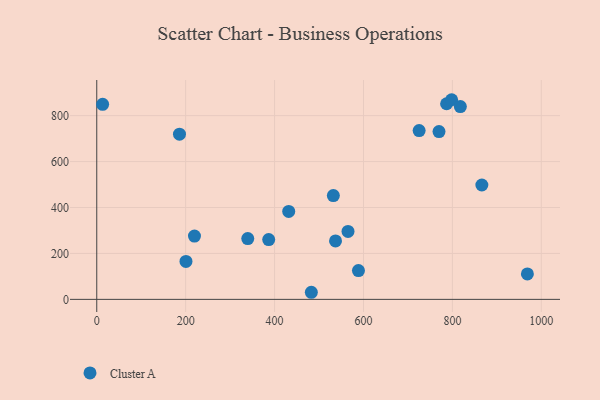
{"axis": {"x": "Investment", "y": "Demand"}, "legend": ["Cluster A"], "data": [{"x": "787.0", "y": 851.7, "type": "Cluster A"}, {"x": "588.7", "y": 125.4, "type": "Cluster A"}, {"x": "431.8", "y": 382.9, "type": "Cluster A"}, {"x": "798.3", "y": 869.2, "type": "Cluster A"}, {"x": "565.2", "y": 295.9, "type": "Cluster A"}, {"x": "769.9", "y": 730.7, "type": "Cluster A"}, {"x": "186.1", "y": 719.4, "type": "Cluster A"}, {"x": "725.2", "y": 734.7, "type": "Cluster A"}, {"x": "200.7", "y": 165.2, "type": "Cluster A"}, {"x": "386.8", "y": 260.4, "type": "Cluster A"}, {"x": "13.2", "y": 849.1, "type": "Cluster A"}, {"x": "817.9", "y": 839.3, "type": "Cluster A"}, {"x": "219.8", "y": 275.5, "type": "Cluster A"}, {"x": "537.1", "y": 254.4, "type": "Cluster A"}, {"x": "968.7", "y": 110.7, "type": "Cluster A"}, {"x": "532.2", "y": 452.0, "type": "Cluster A"}, {"x": "866.3", "y": 498.0, "type": "Cluster A"}, {"x": "482.7", "y": 30.9, "type": "Cluster A"}, {"x": "339.7", "y": 264.9, "type": "Cluster A"}]}